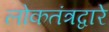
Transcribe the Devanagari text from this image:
लोकतंत्रद्वारे